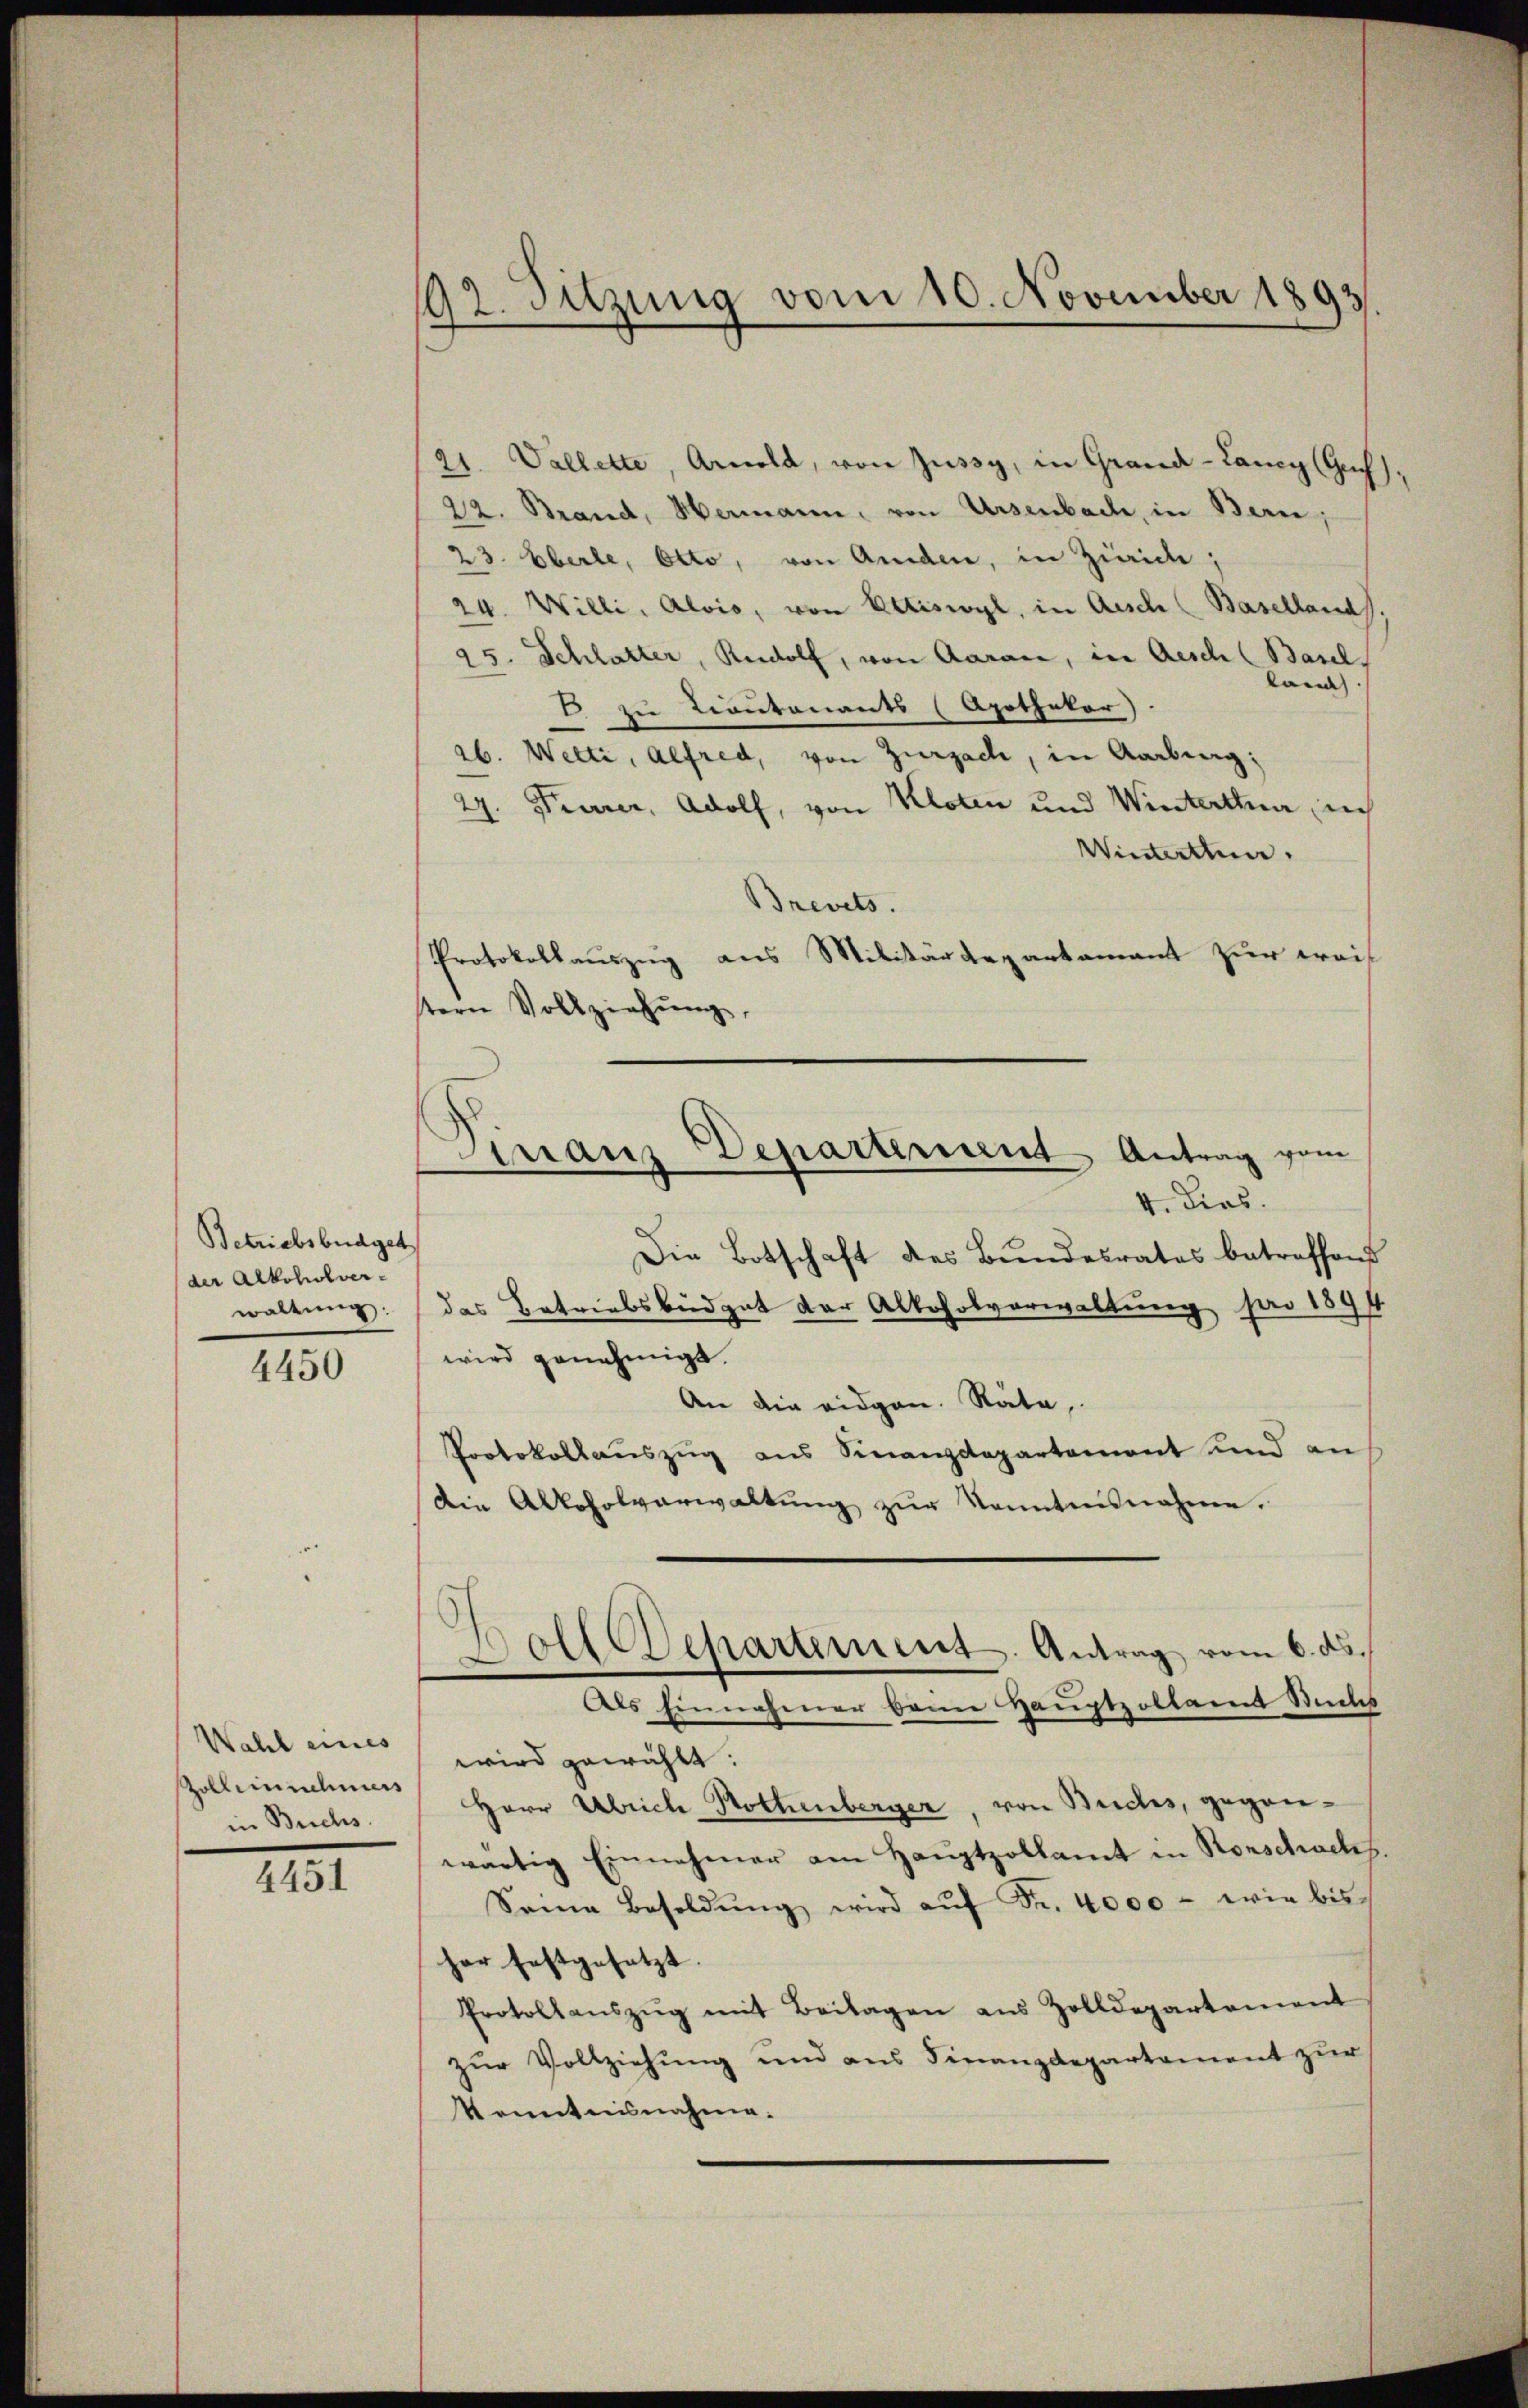
Betriebsbüdget
der Alkoholver-
waltung.

4450

Wahl eines
Zolleinnehmers
in Buchs.

4451

92. Sitzung vom 10. November 1893.

21. Vallette, Arnold, von Züssy, in Grand -Lancy (Guf),
22. Brand, Hermann, von Ursenbach, in Bern,
23. Eberle, Otto, von Amden, in Zürice,
24. Willi, Alois, von Ettiswyl, in Aesche (Baselland
45. Schlatter, Rudolf, von Aarau, in Aesch (Basel
 |
E zu contonants (Apothekar)
ab. Welti, Alfred, von Zurzach, in Aarbung;
2. Feurer, Adolf, von Kloten und Winterthue ich
Winterthun.
Brevets.
Protokollauszug aus Militärdepartamant zur weit
tern Vollziehung,
Die Botschaft des Bundesrates betreffend
das Betriebsbüdget der Alkoholverwaltung per 1894
wird genehmigt.
An die eidgen. Räte,
Protokollauszug aus Sinanzdepartement und an
Die Alkoholverwaltŭng zŭr Kenntnisnahme.
.
Dolldepartement. Antrag vom 6. ds.
Als Einnahmer beim Hauptzollamt Siches
wird gewählt:
Herr Abriche Rothenberger, von Buchs, gegenwärtig Einnahmer am Haŭptzollamt in Rorschachs
Seine Besoldŭng wird aŭf Fr. 4000 - wie bis
her festgesetzt.
Protollaŭszŭg mit Beilagen aus Zolldepartement
zŭr Vollziehŭng und ans Finanzdepartement zŭr
Kenntnisnahme.

ranz Departement Antrag gem
4. Dies